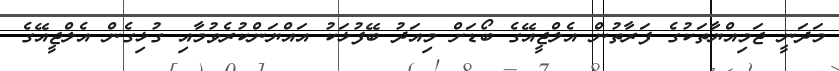
މަދަނީ ޖަމިއްޔާތަކުގެ ފަރާތުން އެލްޖީއޭގެ ބޯޑަށް މިއަދު ބޭފުޅަކު އައްޔަންކުރެވުމާއި ގުޅިގެން އެލްޖީއޭގެ